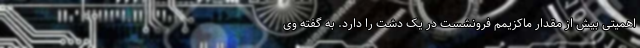
اهمیتی بیش از مقدار ماکزیمم فرونشست در یک دشت را دارد. به گفته وی